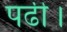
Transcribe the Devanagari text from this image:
पढी।